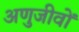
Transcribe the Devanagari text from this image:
अणुजीवों